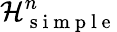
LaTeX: \mathcal H_{\mathrm{~s~i~m~p~l~e~}}^{n}